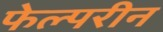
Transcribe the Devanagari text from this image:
फेल्परीन